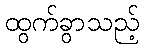
ထွက်ခွာသည့်